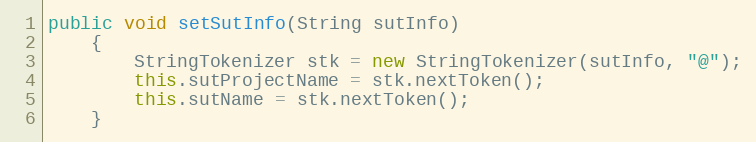
Language: Java
public void setSutInfo(String sutInfo)
    {
        StringTokenizer stk = new StringTokenizer(sutInfo, "@");
        this.sutProjectName = stk.nextToken();
        this.sutName = stk.nextToken();
    }